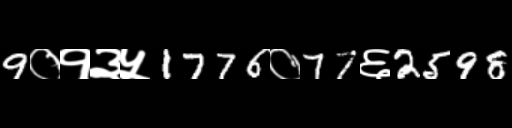
Text: 9०१३५1776०77६2598